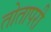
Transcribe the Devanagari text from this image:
तोतापरी